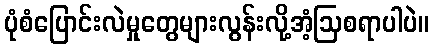
ပုံစံပြောင်းလဲမှုတွေများလွန်းလို့အံ့ဩစရာပါပဲ။